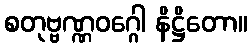
စတုဗ္ဗဏ္ဏဝဂ္ဂေါ နိဋ္ဌိတော။